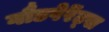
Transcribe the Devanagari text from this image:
गौडपेरेंट्स